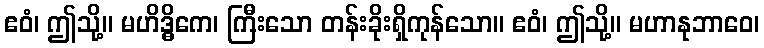
ဧဝံ၊ ဤသို့။ မဟိဒ္ဓိကေ၊ ကြီးသော တန်းခိုးရှိကုန်သော။ ဧဝံ၊ ဤသို့။ မဟာနုဘာဝေ၊